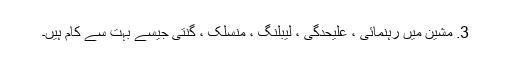
3. مشین میں رہنمائی ، علیحدگی ، لیبلنگ ، منسلک ، گنتی جیسے بہت سے کام ہیں۔